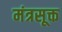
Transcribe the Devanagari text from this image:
मंत्रसूक्त